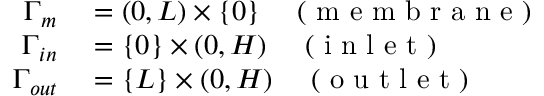
\begin{array} { r l } { \Gamma _ { m } } & { { } = ( 0 , L ) \times \{ 0 \} \quad \mathrm { ~ ( ~ m ~ e ~ m ~ b ~ r ~ a ~ n ~ e ~ ) ~ } } \\ { \Gamma _ { i n } } & { { } = \{ 0 \} \times ( 0 , H ) \quad \mathrm { ~ ( ~ i ~ n ~ l ~ e ~ t ~ ) ~ } } \\ { \Gamma _ { o u t } } & { { } = \{ L \} \times ( 0 , H ) \quad \mathrm { ~ ( ~ o ~ u ~ t ~ l ~ e ~ t ~ ) ~ } } \end{array}